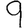
Digit: 9